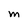
Character: M